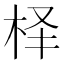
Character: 𰗛